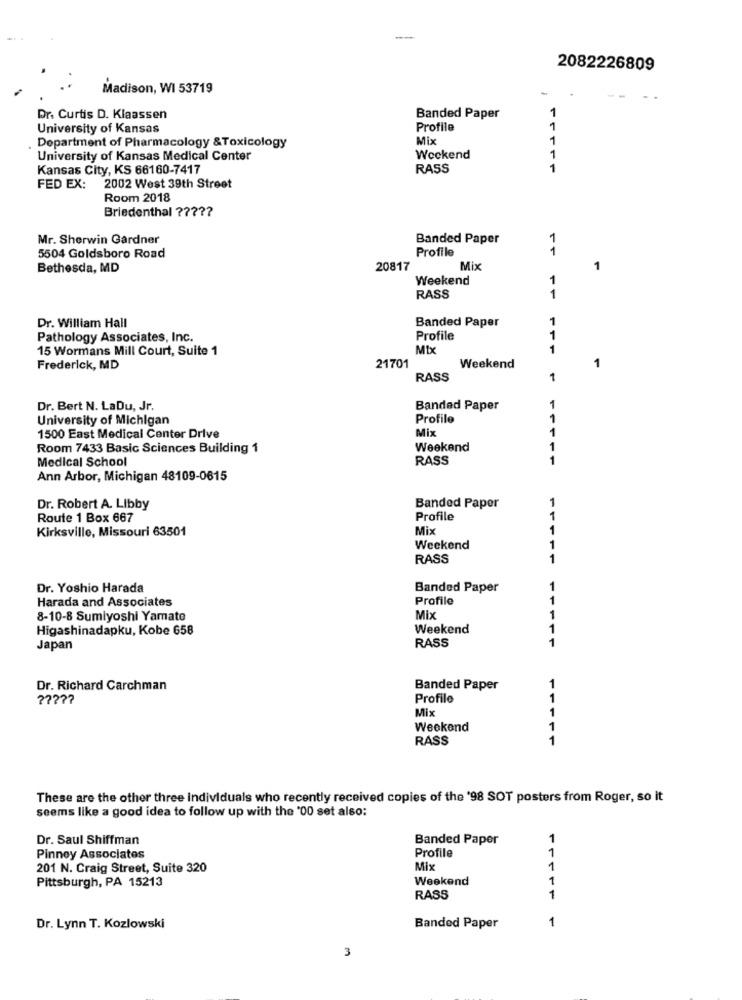
2082226809
Madison, WI 53719
1
Dr. Curtis D. Klaassen
Banded Paper
University of Kansas
Profile
1
Mix
1
Department of Pharmacology &Toxicology
1
University of Kansas Medical Center
Weekend
Kansas City, KS 66160-7417
RASS
1
FED EX:
2002 West 39th Street
Room 2018
Briedenthal ?????
Mr. Sherwin Gardner
Banded Paper
Profile
1
5504 Goldsboro Road
Bethesda, MD
20817
Mix
1
Weekend
RASS
11
Dr. William Hall
Banded Paper
1
1
Pathology Associates, Inc.
Profile
15 Wormans Mill Court, Suite 1
Mix
1
1
Frederick, MD
21701
Weekend
RASS
1
Dr. Bert N. LaDu, Jr.
Banded Paper
University of Michigan
Profile
Mix
1
1500 East Medical Center Drive
Room 7433 Basic Sciences Building 1
Weekend
Medical School
RASS
Ann Arbor, Michigan 48109-0615
Dr. Robert A. Libby
Banded Paper
Route 1 Box 667
Profile
11
Kirksville, Missouri 63501
Mix
Weekend
RASS
11
Dr. Yoshio Harada
Banded Paper
Harada and Associates
Profile
8-10-8 Sumiyoshi Yamato
Mix
1
Higashinadapku, Kobe 658
Weekend
1
RASS
Japan
Dr. Richard Carchman
Banded Paper
Profilo
1
Mix
1
Weekend
RASS
11
These are the other three Individuals who recently received copies of the '98 SOT posters from Roger, so it
seems like a good idea to follow up with the '00 set also:
Dr. Saul Shiffman
Banded Paper
1
Profile
1
Pinney Associates
201 N. Craig Street, Suite 320
Mix
1
Weekend
1
Pittsburgh, PA 15213
RASS
1
1
Dr. Lynn T. Kozlowski
Banded Paper
3